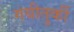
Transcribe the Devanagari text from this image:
गयीतुर्की